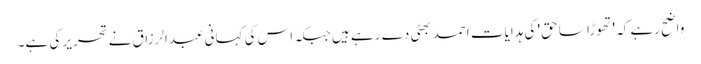
واضح رہے کہ 'تھوڑا سا حق' کی ہدایات احمد بھٹی دے رہے ہیں جبکہ اس کی کہانی عبدالرزاق نے تحریر کی ہے۔